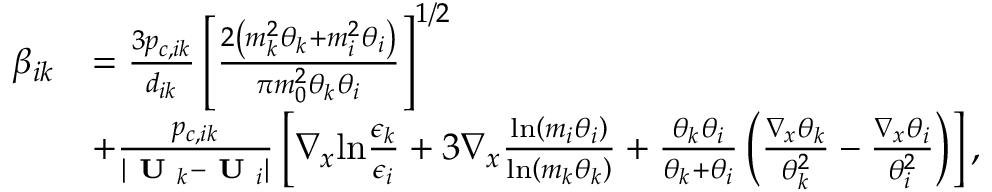
\begin{array} { r l } { \beta _ { i k } } & { = \frac { 3 p _ { c , i k } } { d _ { i k } } \left[ \frac { 2 \left( m _ { k } ^ { 2 } \theta _ { k } + m _ { i } ^ { 2 } \theta _ { i } \right) } { \pi m _ { 0 } ^ { 2 } \theta _ { k } \theta _ { i } } \right] ^ { 1 / 2 } } \\ & { + \frac { p _ { c , i k } } { | \textbf { U } _ { k } - \textbf { U } _ { i } | } \left[ \nabla _ { x } \mathrm { l n } \frac { \epsilon _ { k } } { \epsilon _ { i } } + 3 \nabla _ { x } \frac { \mathrm { l n } \left( m _ { i } \theta _ { i } \right) } { \mathrm { l n } \left( m _ { k } \theta _ { k } \right) } + \frac { \theta _ { k } \theta _ { i } } { \theta _ { k } + \theta _ { i } } \left( \frac { \nabla _ { x } \theta _ { k } } { \theta _ { k } ^ { 2 } } - \frac { \nabla _ { x } \theta _ { i } } { \theta _ { i } ^ { 2 } } \right) \right] , } \end{array}